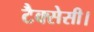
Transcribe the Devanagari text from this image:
टैक्सेसी।